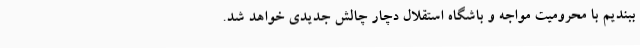
ببندیم با محرومیت مواجه و باشگاه استقلال دچار چالش جدیدی خواهد شد.